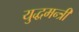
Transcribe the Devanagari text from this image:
युद्धमन्त्री